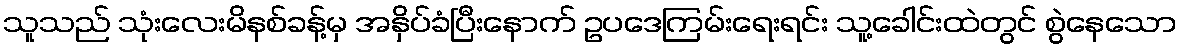
သူသည် သုံးလေးမိနစ်ခန့်မှ အနှိပ်ခံပြီးနောက် ဥပဒေကြမ်းရေးရင်း သူ့ခေါင်းထဲတွင် စွဲနေသော